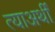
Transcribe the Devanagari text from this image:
त्याअर्थीं